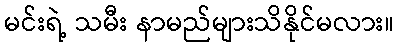
မင်းရဲ့ သမီး နာမည်များသိနိုင်မလား။